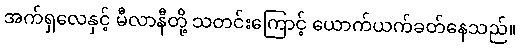
အက်ရှလေနှင့် မီလာနီတို့ သတင်းကြောင့် ယောက်ယက်ခတ်နေသည်။